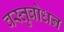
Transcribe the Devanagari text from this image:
वस्तुबोधन